Annual administration report of the Civil Veterinary Department of India - 1898-1899
Year: 1898
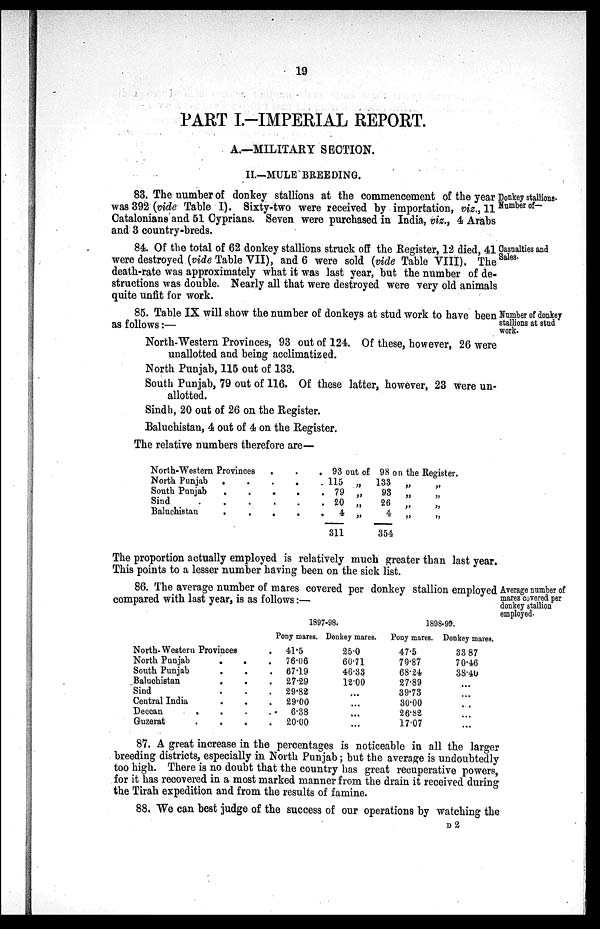
19
PART I.-IMPERIAL REPORT.
A.—MILITARY SECTION.
II.—MULE BREEDING.
Donkey stallions.
Number of—
83. The number of donkey stallions at the commencement of the year
was 392 (vide Table I). Sixty-two were received by importation, viz., 11
Catalonians and 51 Cyprians. Seven were purchased in India, viz., 4 Arabs
and 3 country-breds.
Casualties and
Sales.
84. Of the total of 62 donkey stallions struck off the Register, 12 died, 41
were destroyed (vide Table VII), and 6 were sold (vide Table VIII). The
death-rate was approximately what it was last year, but the number of de-
structions was double. Nearly all that were destroyed were very old animals
quite unfit for work.
Number of donkey
stallions at stud
work.
85. Table IX will show the number of donkeys at stud work to have been
as follows:—
North-Western Provinces, 93 out of 124. Of these, however, 26 were
unallotted and being acclimatized.
North Punjab, 115 out of 133.
South Punjab, 79 out of 116. Of these latter, however, 23 were un-
allotted.
Sindh, 20 out of 26 on the Register.
Baluchistan, 4 out of 4 on the Register.
The relative numbers therefore are—
North-Western
Provinces...
North Punjab.....
South
Punjab.....
Sind
......
Baluchistan.....
93 out of 98 on the Register.
115
79
20
4
311
„
„
„
„
133
93
26
4
354
„
„
„
„
„
„
„
„
The proportion actually employed is relatively much greater than last year.
This points to a lesser number having been on the sick list.
Average number of
mares covered per
donkey stallion
employed.
86. The average number of mares covered per donkey stallion employed
compared with last year, is as follows:—
North-Western Provinces.
North Punjab...
South Punjab...
Baluchistan...
Sind...
Central India...
Deccan
....
Guzerat ....
1897-98.
Pony mares.
41.5
76.06
67.19
27.29
29.82
29.00
6.38
20.00
Donkey mares.
25.0
60.71
46.33
12.00
...
...
...
...
1898-99.
Pony mares.
47.5
79.87
68.24
27.89
39.73
30.00
26.82
17.07
Donkey mares.
33.87
70.46
38.46
...
...
...
...
...
87. A great increase in the percentages is noticeable in all the larger
breeding districts, especially in North Punjab; but the average is undoubtedly
too high. There is no doubt that the country has great recuperative powers,
for it has recovered in a most marked manner from the drain it received during
the Tirah expedition and from the results of famine.
88. We can best judge of the success of our operations by watching the
D2